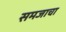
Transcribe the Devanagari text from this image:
समजाचा